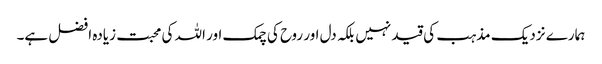
ہمارے نزدیک مذہب کی قید نہیں بلکہ دل اور روح کی چمک اور اللہ کی محبت زیادہ افضل ہے۔